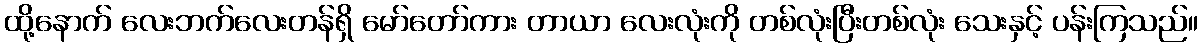
ထို့နောက် လေးဘက်လေးတန်ရှိ မော်တော်ကား တာယာ လေးလုံးကို တစ်လုံးပြီးတစ်လုံး သေးနှင့် ပန်းကြသည်။